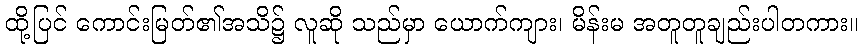
ထို့ပြင် ကောင်းမြတ်၏အသိ၌ လူဆို သည်မှာ ယောက်ကျား၊ မိန်းမ အတူတူချည်းပါတကား။